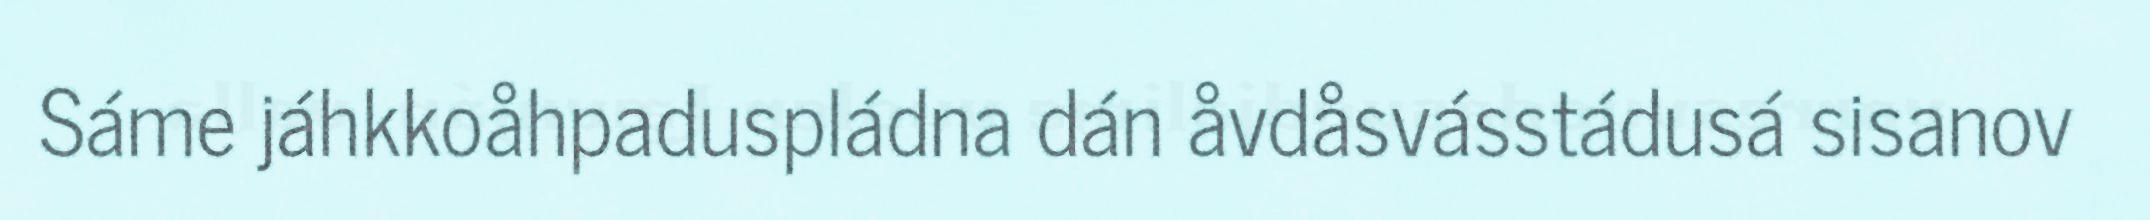
Sáme jáhkkoåhpaduspládna dán åvdåsvásstádusá sisanov